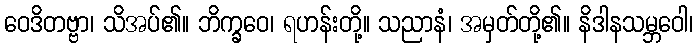
ဝေဒိတဗ္ဗာ၊ သိအပ်၏။ ဘိက္ခဝေ၊ ရဟန်းတို့။ သညာနံ၊ အမှတ်တို့၏။ နိဒါနသမ္ဘဝေါ၊